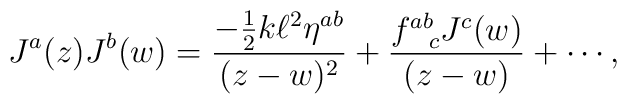
J^{a}(z)J^{b}(w) = \frac{-\frac{1}{2}k \ell ^{2} \eta ^{ab}}{(z-w)^{2}}  +\frac{f^{ab}_{~~c}J^{c}(w)}{(z-w)} + \cdots,